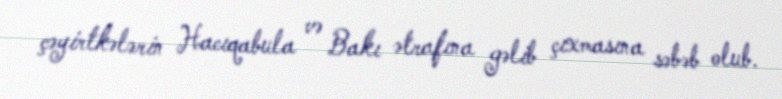
çəyirtkələrin Hacıqabula və Bakı ətrafına gəlib çıxmasına səbəb olub.